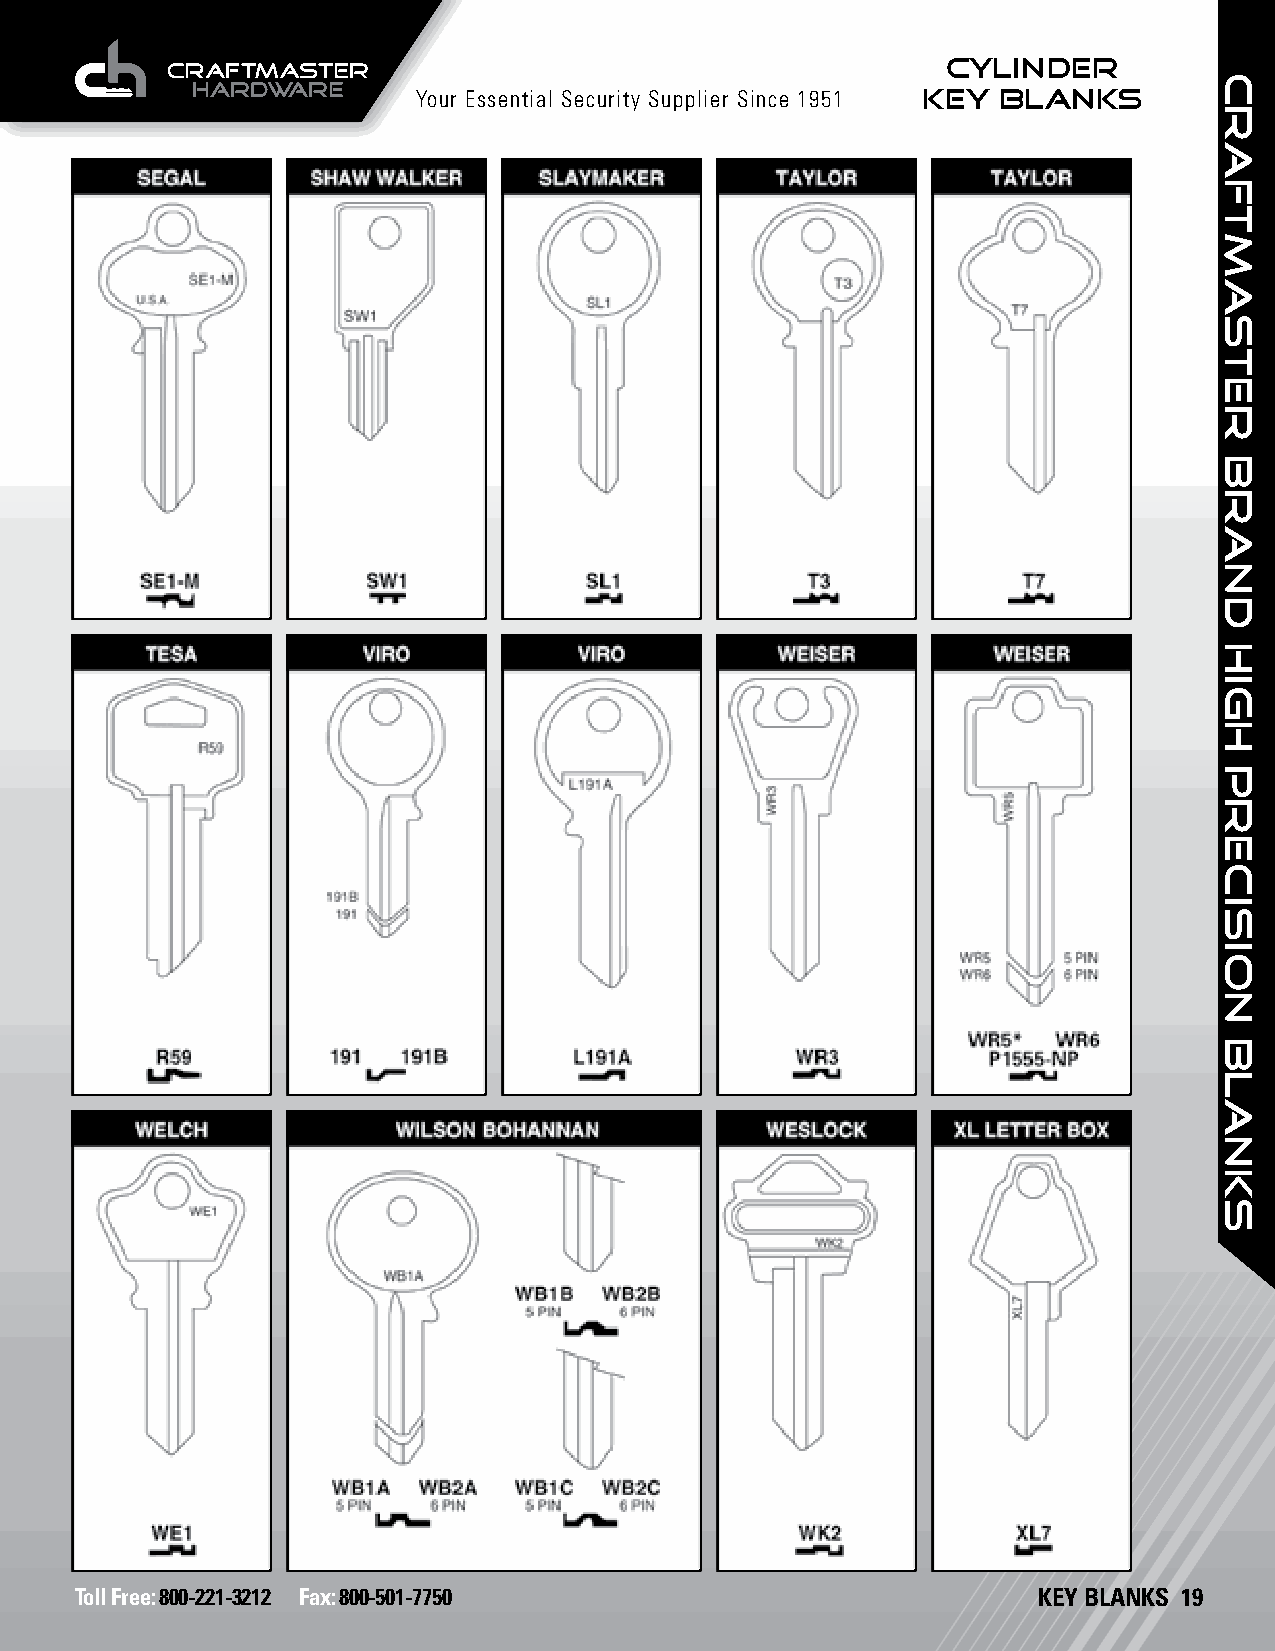
CYLINDER
 Your Essential Security Supplier Since 1951 KEY BLANKS
 Toll Free: 800-221-3212 Fax: 800-501-7750                       KEY BLANKS 19
 craftmaster
 brand
 HIGH
 PRECISION
 BLANKS